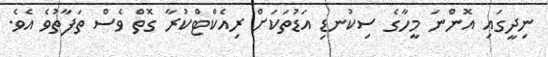
ނިދީގައި އޮންނަ މީހާގެ ސިކުނޑި އަޑުތަކަށް ރިއެކްޓްކުރާ ގޮތް ވެސް ތަފާތުވެ އެވެ.